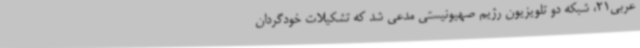
عربی21، شبکه دو تلویزیون رژیم صهیونیستی مدعی شد که تشکیلات خودگردان